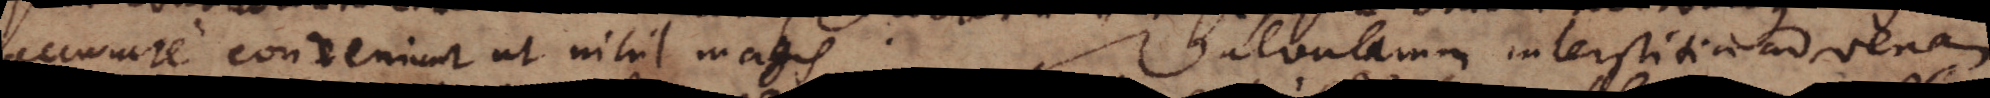
accurate conveniunt ut nihil magis. Valvularum interstitia ad venam